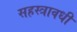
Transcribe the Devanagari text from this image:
सहस्त्रावधी